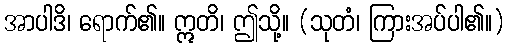
အာပါဒိ၊ ရောက်၏။ ဣတိ၊ ဤသို့။ (သုတံ၊ ကြားအပ်ပါ၏။)